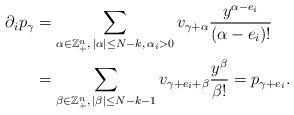
LaTeX: \begin{align*}\partial_ip_\gamma&=\sum_{\alpha\in\mathbb{Z}_+^n,\,|\alpha|\leq N-k,\,\alpha_i>0} v_{\gamma+\alpha}\frac{y^{\alpha-e_i}}{(\alpha-e_i)!}\\&=\sum_{\beta\in\mathbb{Z}_+^n,\,|\beta|\leq N-k-1} v_{\gamma+e_i+\beta}\frac{y^{\beta}}{\beta!}=p_{\gamma+e_i}.\end{align*}